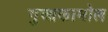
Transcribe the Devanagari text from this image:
गुआकामोल